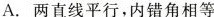
A.两直线平行，内错角相等